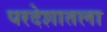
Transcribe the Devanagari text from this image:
परदेशातला